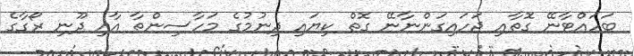
ބަހައްޓާނޭ ގޮތާއި ޖަހައިގަންނާނޭ ގޮތް ކިޔައި ދިނުމުގެ މަހާސިންތާ އާއި ދޫނި ރޯގާގެ